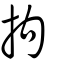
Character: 拘